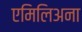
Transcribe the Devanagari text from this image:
एमिलिअना